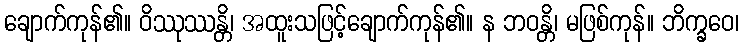
ချောက်ကုန်၏။ ဝိဿုဿန္တိ၊ အထူးသဖြင့်ချောက်ကုန်၏။ န ဘဝန္တိ၊ မဖြစ်ကုန်။ ဘိက္ခဝေ၊